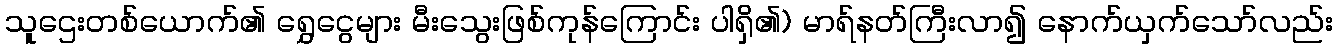
သူဌေးတစ်ယောက်၏ ရွှေငွေများ မီးသွေးဖြစ်ကုန်ကြောင်း ပါရှိ၏) မာရ်နတ်ကြီးလာ၍ နောက်ယှက်သော်လည်း